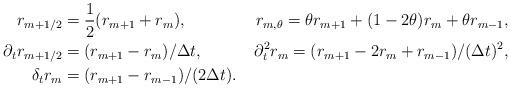
LaTeX: \begin{align*} r_{m+1/2}&=\frac{1}{2}(r_{m+1}+r_m),& r_{m,\theta}= \theta r_{m+1}+(1-2\theta)r_m+\theta r_{m-1},\\ \partial _t r_{m+1/2}&=(r_{m+1}-r_m)/\Delta t,& \partial^2_t r_m=(r_{m+1}-2 r_m+r_{m-1})/ (\Delta t)^2,\\ \delta _t r_m&= (r_{m+1}-r_{m-1})/ (2 \Delta t).&\end{align*}